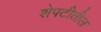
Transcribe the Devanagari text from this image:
शेपटीतील